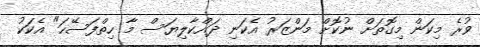
ވުރެ މިކަން މިގޮތަށް ނުކޮށް މަންޒަރު އެކަނި ދައްކާލިޔަސް މާ ހިތްފަސޭހަ" އެކަކު